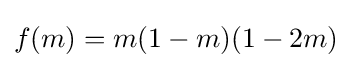
f(m)=m(1-m)(1-2m)